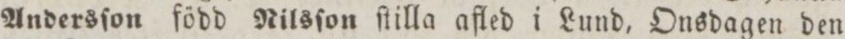
Andersſon född Nilsſon ſtilla afled i Lund, Onsdagen den